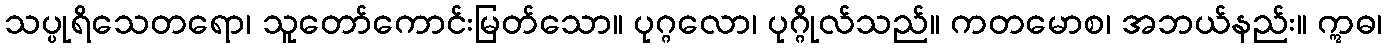
သပ္ပုရိသေတရော၊ သူတော်ကောင်းမြတ်သော။ ပုဂ္ဂလော၊ ပုဂ္ဂိုလ်သည်။ ကတမောစ၊ အဘယ်နည်း။ ဣဓ၊